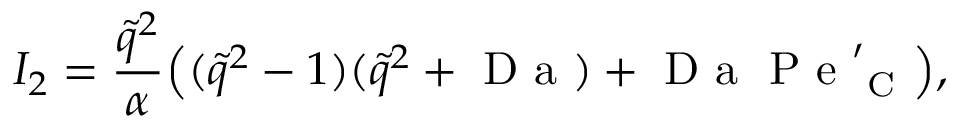
I _ { 2 } = \frac { \tilde { q } ^ { 2 } } { \alpha } \mathopen { } \mathclose \bgroup \mathopen { } \mathclose \bgroup \mathopen { } \mathclose \bgroup \mathopen { } \mathclose \bgroup \mathopen { } \mathclose \bgroup \mathopen { } \mathclose \bgroup \mathopen { } \mathclose \bgroup \mathopen { } \mathclose \bgroup \mathopen { } \mathclose \bgroup \mathopen { } \mathclose \bgroup \left( ( \tilde { q } ^ { 2 } - 1 ) ( \tilde { q } ^ { 2 } + \mathrm { ~ D ~ a ~ } ) + \mathrm { ~ D ~ a ~ } \mathrm { ~ P ~ e ~ } _ { \mathrm { ~ C ~ } } ^ { \prime } \aftergroup \egroup \aftergroup \egroup \aftergroup \egroup \aftergroup \egroup \aftergroup \egroup \aftergroup \egroup \aftergroup \egroup \aftergroup \egroup \aftergroup \egroup \aftergroup \egroup \right) ,